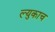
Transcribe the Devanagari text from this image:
ल्युकाच